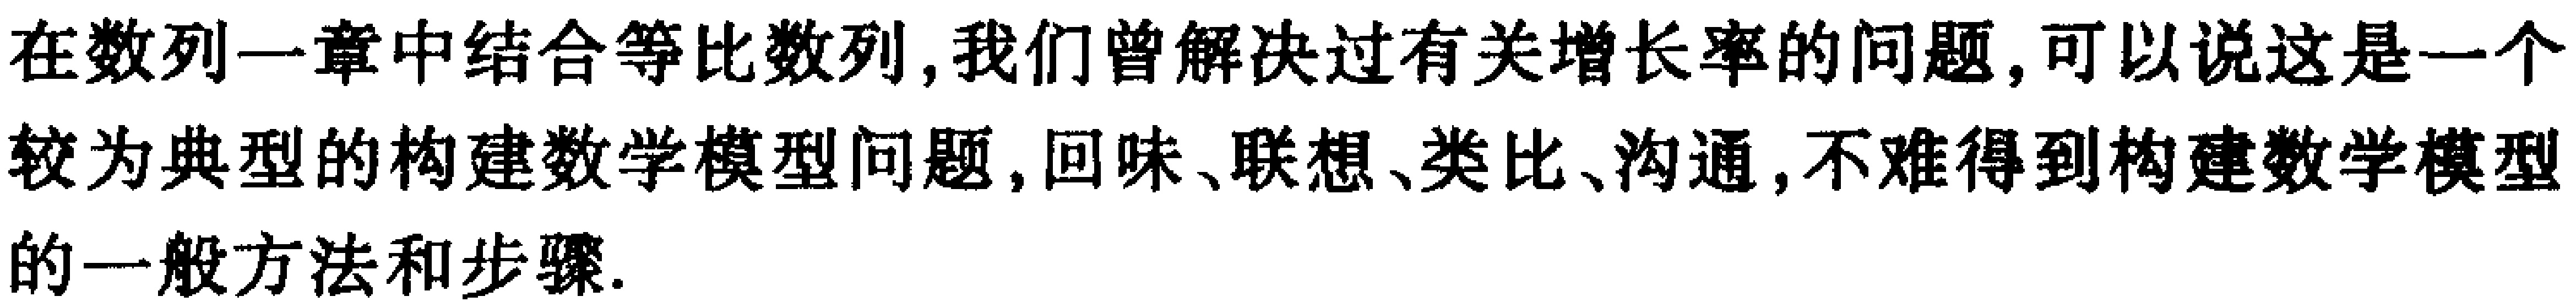
在数列一章中结合等比数列, 我们曾解决过有关增长率的问题, 可以说这是一个较为典型的构建数学模型问题, 回味、联想、类比、沟通, 不难得到构建数学模型的一般方法和步骤.